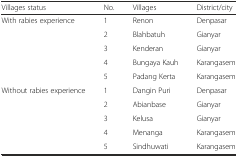
| Villages status | No. | Villages | District/city |
 | --- | --- | --- | --- |
 | <ROWSPAN=5> With rabies experience | 1 | Renon | Denpasar |
 | 2 | Blahbatuh | Gianyar |
 | 3 | Kenderan | Gianyar |
 | 4 | Bungaya Kauh | Karangasem |
 | 5 | Padang Kerta | Karangasem |
 | <ROWSPAN=5> Without rabies experience | 1 | Dangin Puri | Denpasar |
 | 2 | Abianbase | Gianyar |
 | 3 | Kelusa | Gianyar |
 | 4 | Menanga | Karangasem |
 | 5 | Sindhuwati | Karangasem |